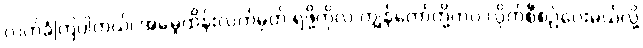
လက်ခံကြပါတယ်၊ အမွေထိန်းလက်မှတ် ရဖို့ကိုလဲ ကျွန်တော်တို့ကပဲ လိုက်စီစဉ်ပေးမယ်လို့